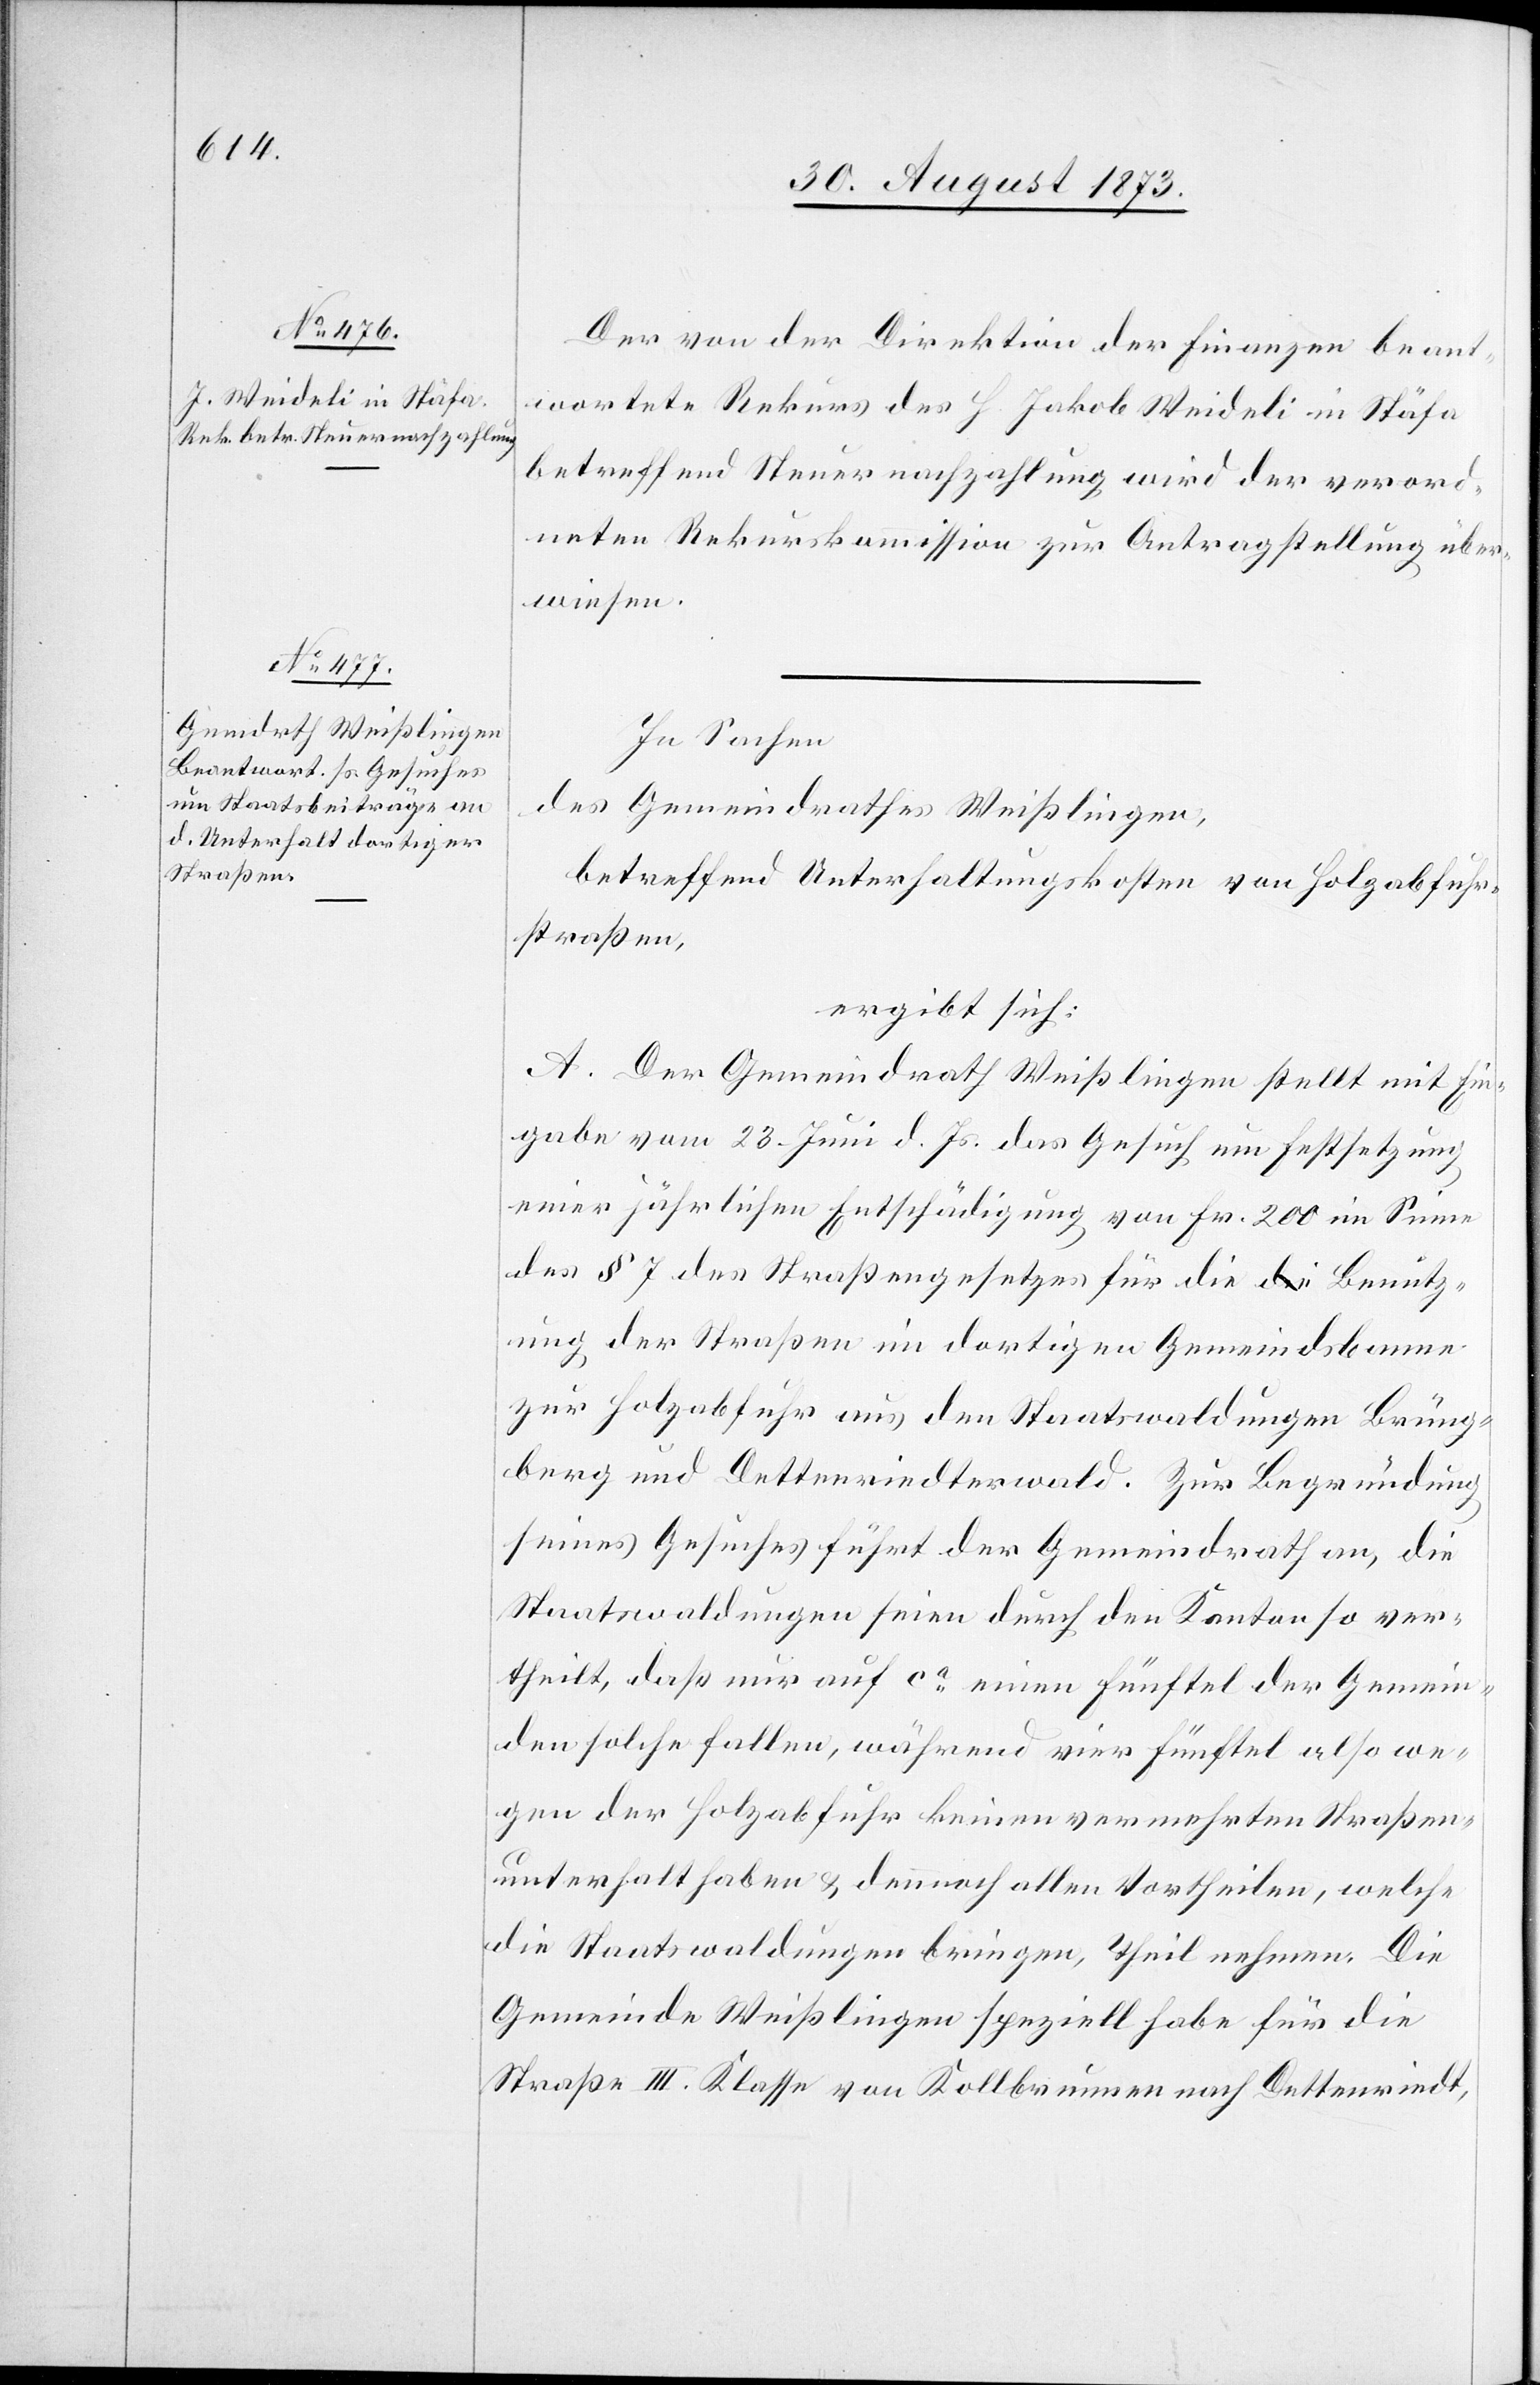
Der von der Direktion der Finanzen beant¬
wortete Rekurs des H. Jakob Weideli in Stäfa
betreffend Steuernachzahlung wird der verord¬
neten Rekurskommission zur Antragstellung über¬
wiesen.
In Sachen
des Gemeindrathes Weißlingen,
betreffend Unterhaltungskosten von Holzabfuhr¬
straßen,
ergibt sich:
A. Der Gemeindrath Weißlingen stellt mit Ein¬
gabe vom 23. Juni d. Js. das Gesuch um Festsetzung
einer jährlichen Entschädigung von Fr. 200 im Sinne
des § 7 des Straßengesetzes für die Benutz¬
ung der Straßen im dortigen Gemeindsbanne
zur Holzabfuhr aus den Staatswaldungen Brüng¬
berg und Dettenriedterwald. Zur Begründung
seines Gesuches führt der Gemeindrath an, die
Staatswaldungen seien durch den Kanton so ver¬
theilt, daß nur auf ca einen Fünftel der Gemein¬
den solche fallen, während vier Fünftel also we¬
gen der Holzabfuhr keinen vermehrten Straßen¬
unterhalt haben & dennoch allen Vortheilen, welche
die Staatswaldungen bringen, Theil nehmen. Die
Gemeinde Weißlingen speziell habe für die
Straße III. Klasse von Kollbrunnen nach Dettenriedt,